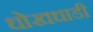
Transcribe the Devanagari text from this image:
धोखधाडी